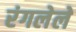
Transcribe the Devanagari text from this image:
रंगलेले